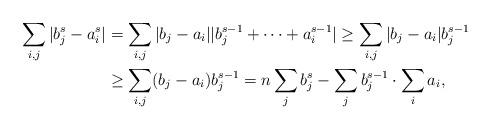
LaTeX: \begin{align*}\sum_{i,j} |b_j^s - a_i^s| & = \sum_{i,j} |b_j - a_i||b_j^{s-1} + \dots + a_i^{s-1}| \geq \sum_{i,j} |b_j - a_i| b_j^{s-1}\\& \geq \sum_{i,j} (b_j - a_i) b_j^{s-1} = n \sum_j b_j^s - \sum_j b_j^{s-1} \cdot \sum_i a_i,\end{align*}